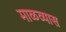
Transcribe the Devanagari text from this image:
माळव्यास